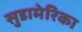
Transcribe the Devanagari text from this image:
सुडामेरिका